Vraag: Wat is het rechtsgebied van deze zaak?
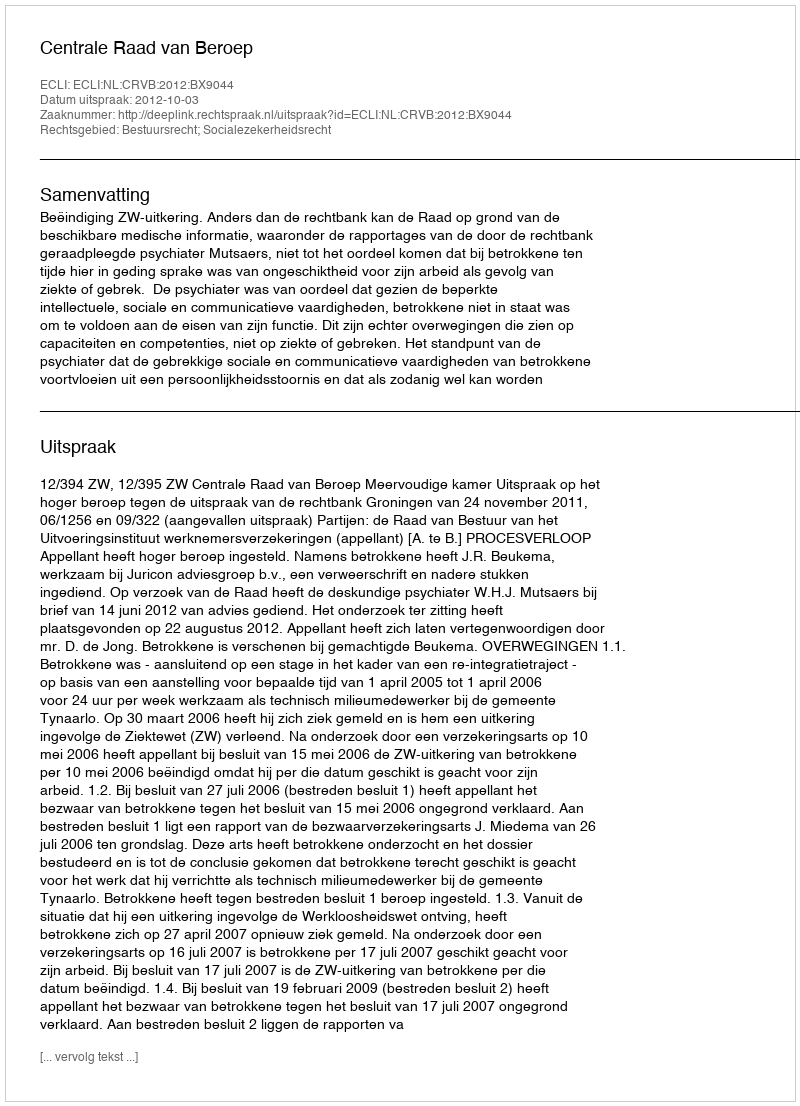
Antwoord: Bestuursrecht; Socialezekerheidsrecht